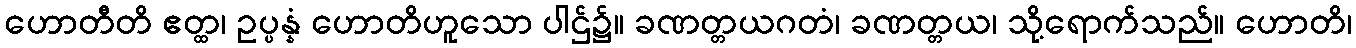
ဟောတီတိ ဧတ္ထ၊ ဥပ္ပန္နံ ဟောတိဟူသော ပါဌ်၌။ ခဏတ္တယဂတံ၊ ခဏတ္တယ၊ သို့ရောက်သည်။ ဟောတိ၊